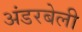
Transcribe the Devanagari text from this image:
अंडरबेली